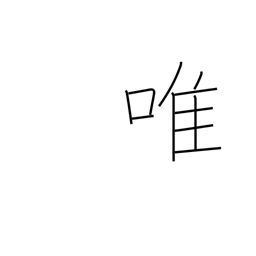
Meaning: solely